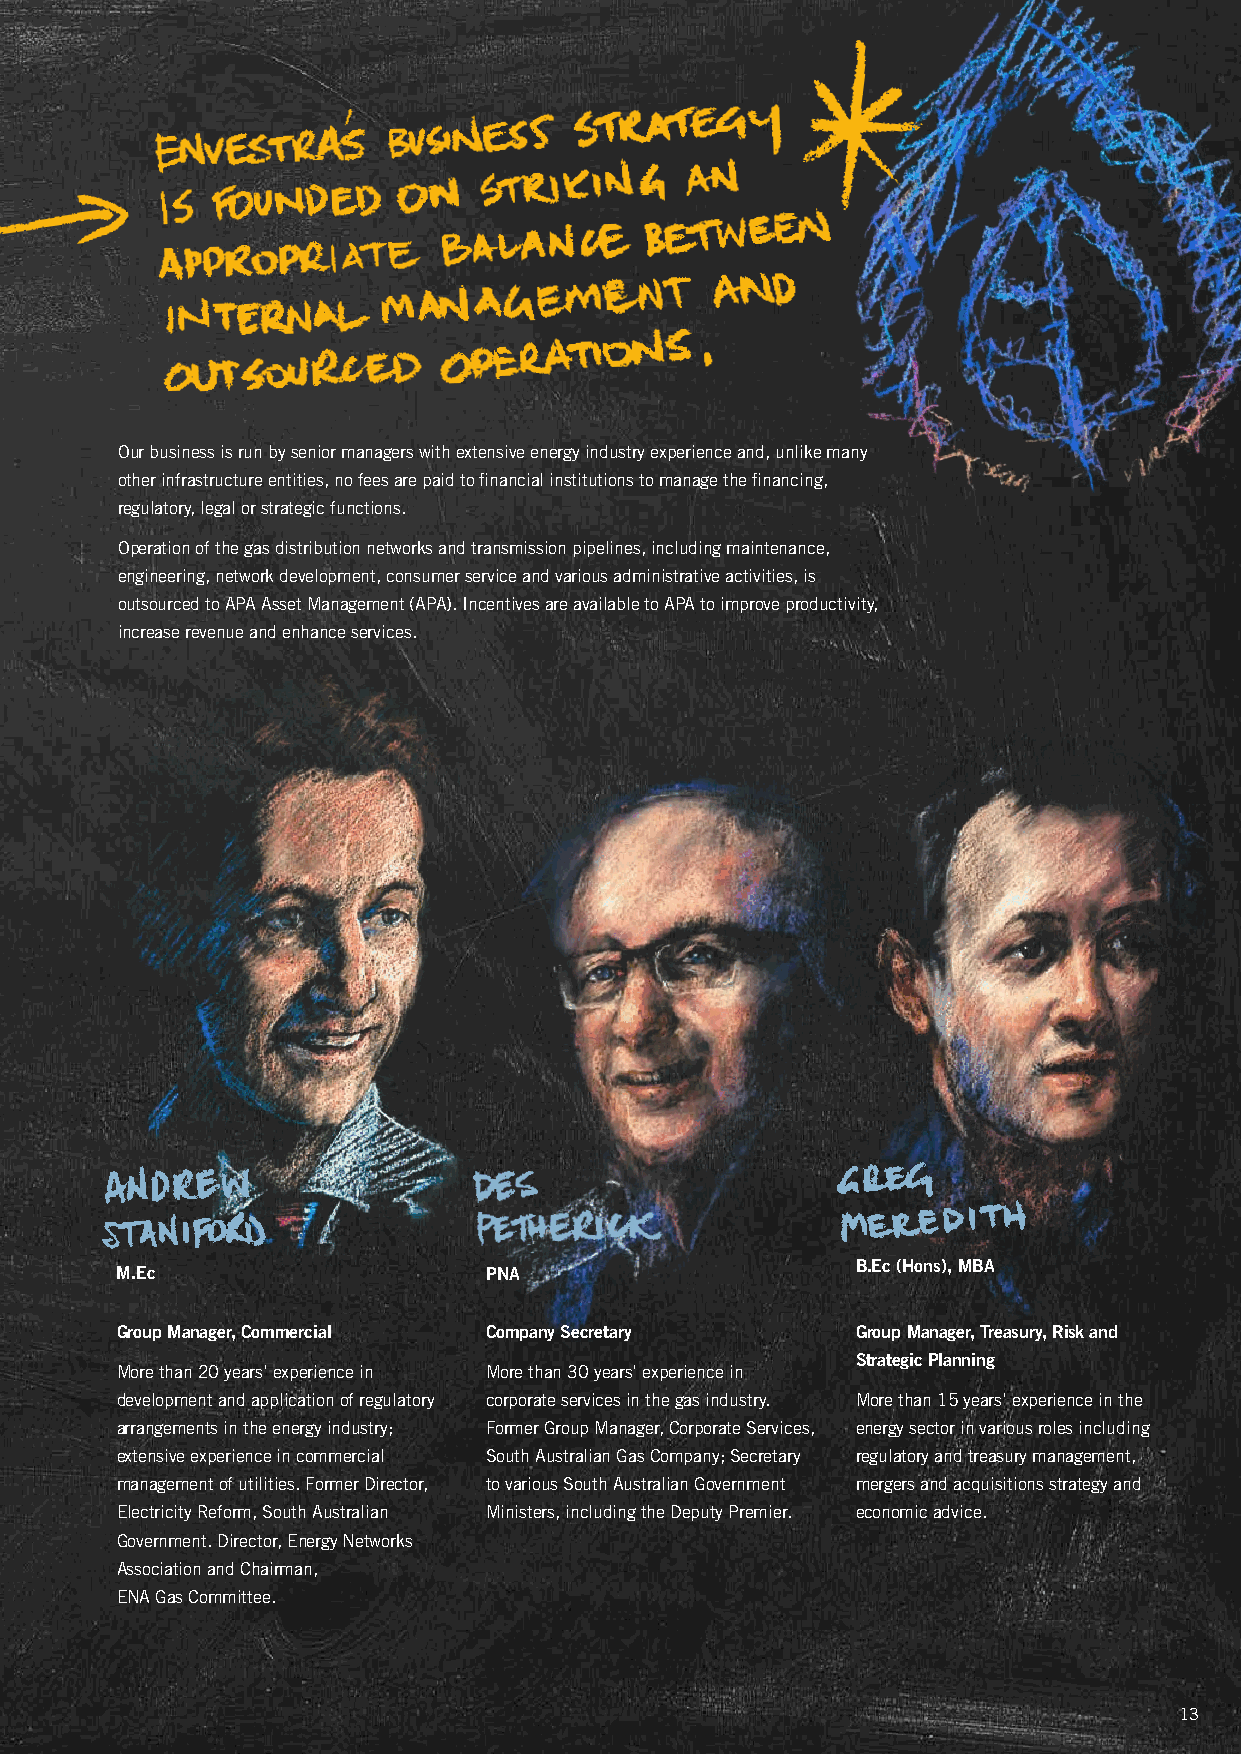
our business is run by senior managers with extensive energy industry experience and, unlike many
 other infrastructure entities, no fees are paid to financial institutions to manage the financing,
 regulatory, legal or strategic functions.
 operation of the gas distribution networks and transmission pipelines, including maintenance,
 engineering, network development, consumer service and various administrative activities, is
 outsourced to APA Asset Management (APA). Incentives are available to APA to improve productivity,
 increase revenue and enhance services.
 b.Ec (Hons), mba
 m.Ec                    PNa
 Group manager, Commercial Company Secretary      Group manager, Treasury, risk and
 Strategic Planning
 More than 20 years’ experience in More than 30 years’ experience in
 development and application of regulatory corporate services in the gas industry. More than 15 years’ experience in the
 arrangements in the energy industry; Former Group Manager, Corporate Services, energy sector in various roles including
 extensive experience in commercial South Australian Gas Company; Secretary regulatory and treasury management,
 management of utilities. Former Director, to various South Australian Government mergers and acquisitions strategy and
 electricity Reform, South Australian Ministers, including the Deputy Premier. economic advice.
 Government. Director, energy Networks
 Association and Chairman,
 eNA Gas Committee.
 13